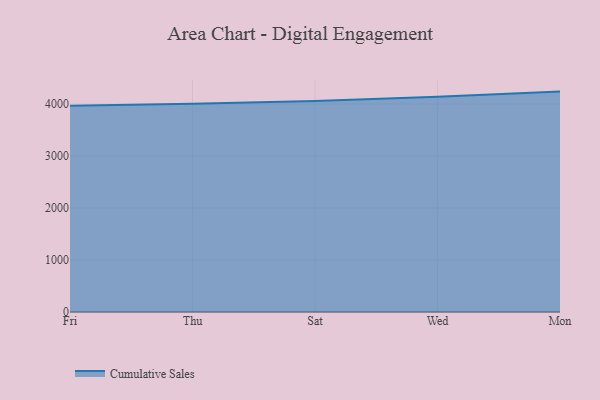
{"axis": {"x": "Day", "y": "Backlog"}, "legend": ["Cumulative Sales"], "data": [{"x": "Fri", "y": 3965.0, "type": "Cumulative Sales"}, {"x": "Thu", "y": 4003.3, "type": "Cumulative Sales"}, {"x": "Sat", "y": 4057.0, "type": "Cumulative Sales"}, {"x": "Wed", "y": 4140.3, "type": "Cumulative Sales"}, {"x": "Mon", "y": 4238.2, "type": "Cumulative Sales"}]}